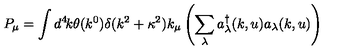
P _ { \mu } = \int d ^ { 4 } \! k \theta ( k ^ { 0 } ) \delta ( k ^ { 2 } + \kappa ^ { 2 } ) k _ { \mu } \left( \sum _ { \lambda } a _ { \lambda } ^ { \dagger } ( k , u ) a _ { \lambda } ( k , u ) \right)